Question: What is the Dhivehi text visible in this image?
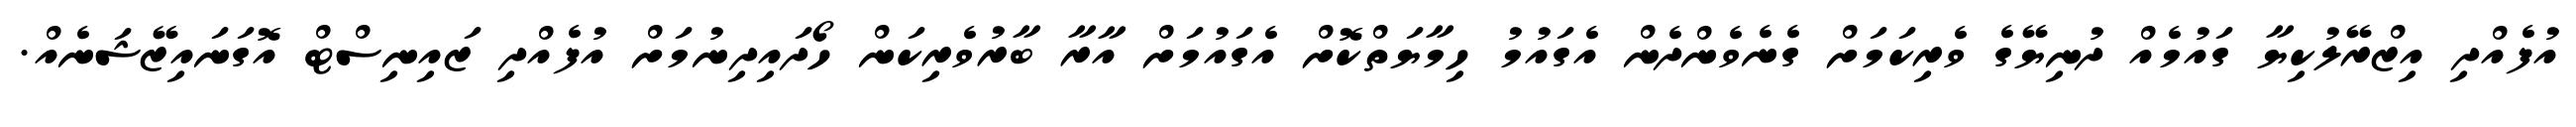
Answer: އުފެއްދި އިޒްރޭލުކިޔާ ގައުމެއް ދުނިޔޭގެ ވެރިކަމަށް ގެނެވެންދެން އެގައުމު ހިމާޔަތްކޮށް އެގައުމަށް އާރާ ބާރުވެރިކަން ހޯދައިދިނުމަށް އުފެއްދި ޒައިނިސްޓް އޮގަނައިޒޭޝަނެއް.